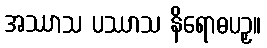
အဿာသ ပဿာသ နိရောဓပဉှ။